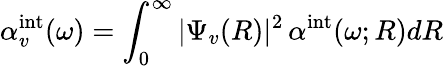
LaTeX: \alpha_{v}^{\mathrm{int}}(\omega)=\int_{0}^{\infty}|\Psi_{v}(R)|^{2}\, \alpha^{\mathrm{int}}(\omega;R)dR